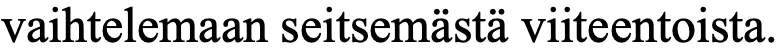
vaihtelemaan seitsemästä viiteentoista.